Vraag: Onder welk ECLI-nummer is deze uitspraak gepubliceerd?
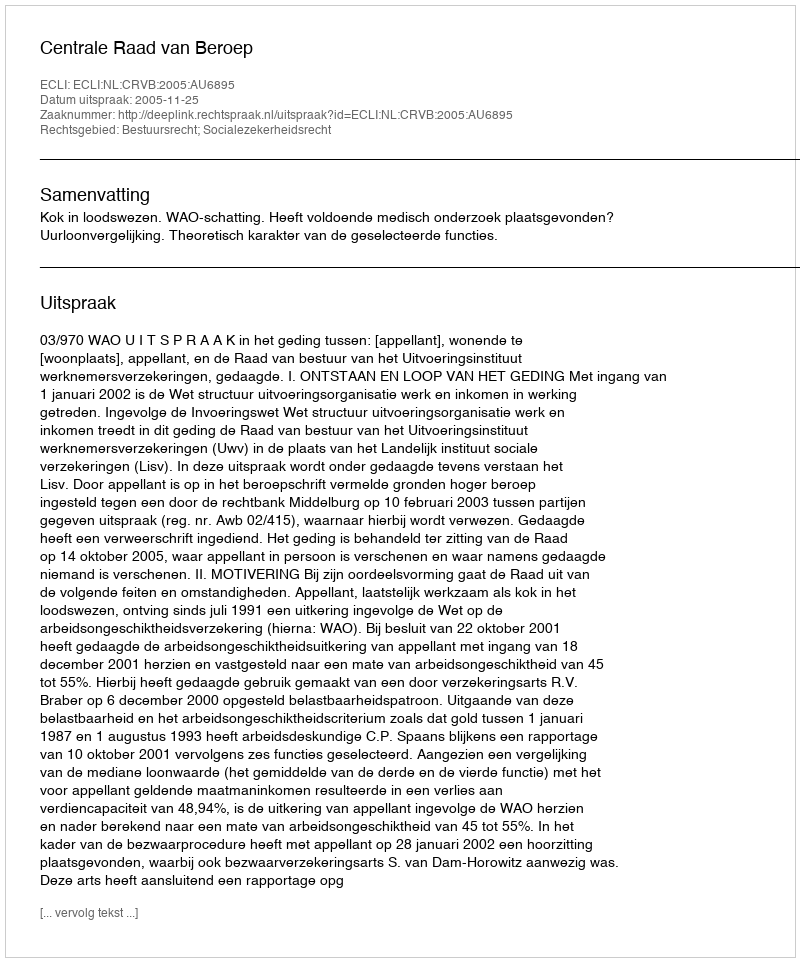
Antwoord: ECLI:NL:CRVB:2005:AU6895